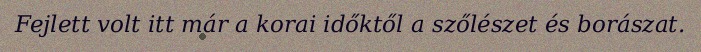
Fejlett volt itt már a korai időktől a szőlészet és borászat.